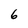
Character: 6